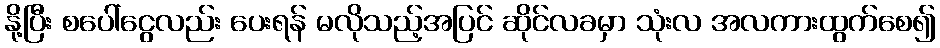
နို့ပြီး စပေါ်ငွေလည်း ပေးရန် မလိုသည့်အပြင် ဆိုင်လခမှာ သုံးလ အလကားထွက်စေ၍